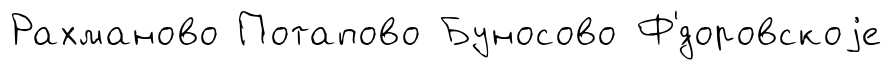
Рахманово Потапово Буносово Ф'́доровскоjе